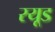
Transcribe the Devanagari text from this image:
रयूड